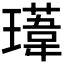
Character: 𭺁